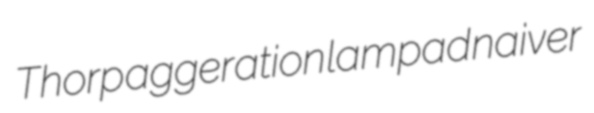
Thorp aggeration lampad naiver